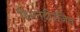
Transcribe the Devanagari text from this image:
हिमनदीरंजित